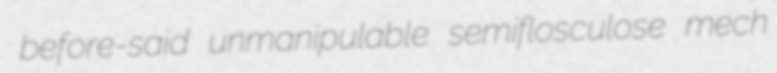
before-said unmanipulable semiflosculose mech